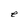
Character: e